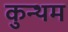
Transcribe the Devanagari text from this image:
कुन्थम